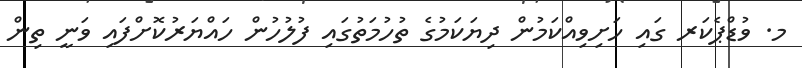
މ. ވުޑްޕެކަރ ގައި ހަށިވިއްކަމުން ދިޔަކަމުގެ ތުހުމަތުގައި ފުލުހުން ހައްޔަރުކޮށްފައި ވަނީ ތިން